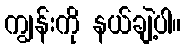
ကျွန်းကို နယ်ချဲ့ပါ။